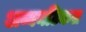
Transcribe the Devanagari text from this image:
अय्यनटिकल